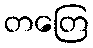
တတြေ